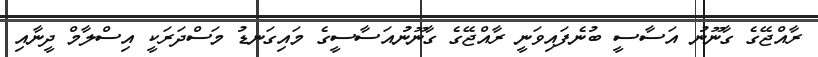
ރާއްޖޭގެ ގާނޫނު އަސާސީ ބުނެފައިވަނީ ރާއްޖޭގެ ގާނޫނުއަސާސީގެ މައިގަނޑު މަސްދަރަކީ އިސްލާމް ދީނާއި